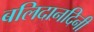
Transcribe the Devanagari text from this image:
बलिदानदिनी